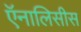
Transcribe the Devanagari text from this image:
ऍनालिसीस